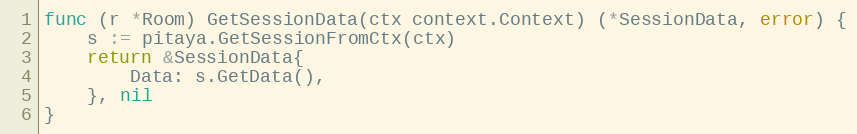
Language: Go
func (r *Room) GetSessionData(ctx context.Context) (*SessionData, error) {
	s := pitaya.GetSessionFromCtx(ctx)
	return &SessionData{
		Data: s.GetData(),
	}, nil
}